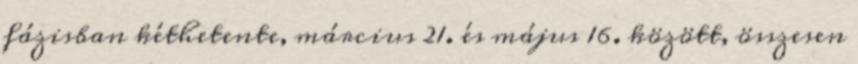
fázisban kéthetente, március 21. és május 16. között, összesen